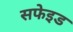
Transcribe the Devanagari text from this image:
सफेइड